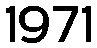
1971